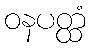
ဝနပတ္ထံ